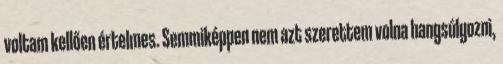
voltam kellően értelmes. Semmiképpen nem azt szerettem volna hangsúlyozni,